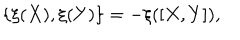
\{ \xi ( X ) , \xi ( Y ) \} = - \xi ( [ X , Y ] ) ,